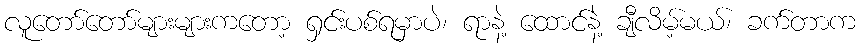
လူတော်တော်များများကတော့ ရှင်းပစ်ရမှာပဲ၊ ရာနဲ့ ထောင်နဲ့ ချီလိမ့်မယ်၊ ခက်တာက